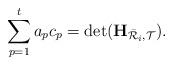
LaTeX: \begin{align*}\sum_{p=1}^{t}a_{p}c_{p}=\det(\mathbf{H}_{\bar{\mathcal{R}}_i,\mathcal{T}}).\end{align*}